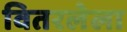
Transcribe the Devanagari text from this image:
वितरलेला